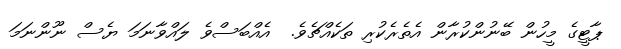
ޕާޓީގެ މީހުން ބޭނުންކުރާން އެތެރެކުރި ތަކެއްޗެވެ.  އެއްބަސްވެ ލައްވާނަމަ ޔެސް ނޫންނަމަ